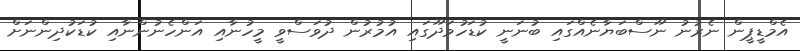
އެމްޑީޕީން ނެރުނު ނޫސްބަޔާނެއްގައި ބުނަނީ ކުޑަހުވަދޫގައި އުމުރުން ދުވަސްވީ މީހުނާއި އަންހެނުންނާއި ކުޑަކުދިންނަށް